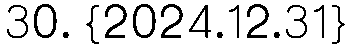
30. {2024.12.31}